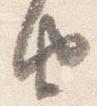
由